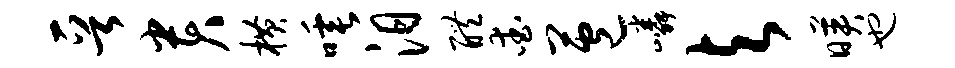
晋贵横唾汨醴爱苞嶙与映也